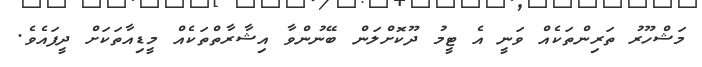
މަޝްހޫރު ތަރިންތަކެއް ވަނީ އެ ޓީމު ދޫކޮށްލަން ބޭނުންވާ އިޝާރާތްތަކެއް މީޑިއާތަކަށް ދީފައެވެ.